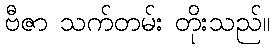
ဗီဇာ သက်တမ်း တိုးသည်။